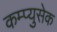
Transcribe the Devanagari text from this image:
कम्प्युसेक